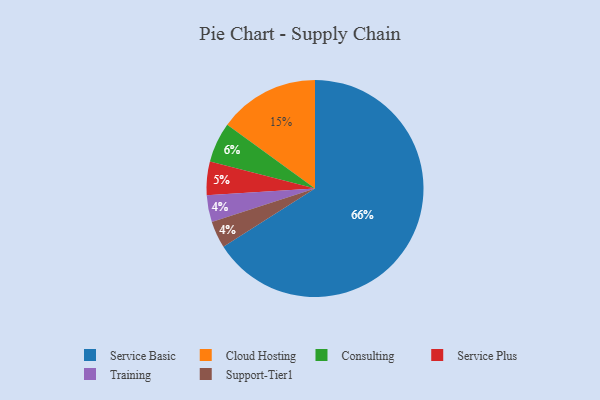
{"axis": {"x": "Category", "y": "Percentage"}, "legend": ["Cloud Hosting", "Consulting", "Service Basic", "Service Plus", "Support-Tier1", "Training"], "data": [{"x": "Cloud Hosting", "y": 15, "type": "Cloud Hosting"}, {"x": "Consulting", "y": 6, "type": "Consulting"}, {"x": "Service Plus", "y": 5, "type": "Service Plus"}, {"x": "Service Basic", "y": 66, "type": "Service Basic"}, {"x": "Training", "y": 4, "type": "Training"}, {"x": "Support-Tier1", "y": 4, "type": "Support-Tier1"}]}